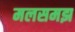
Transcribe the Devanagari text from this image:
मलसमझ